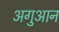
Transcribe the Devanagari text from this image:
अगुआन